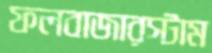
ফলবাজারস্টাম